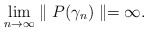
\begin{align*}\lim_{n\rightarrow\infty}\parallel P(\gamma_{n})\parallel=\infty.\end{align*}